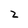
Character: 2